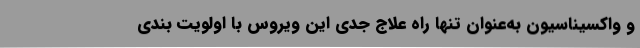
و واکسیناسیون به‌عنوان تنها راه علاج جدی این ویروس با اولویت بندی